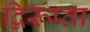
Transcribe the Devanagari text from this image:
द्विरूप्ता